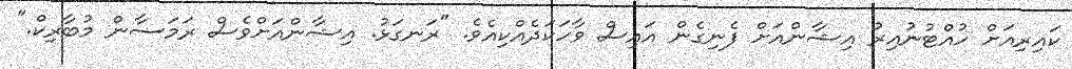
ކައިރިއަށް ހުއްޓުނުއިރު އިޝާންއަށް ފެނިގެން އައިސް ވާހަކަދެއްކިއެވެ. "ރަނގަޅު. އިޝާންއަށްވެސް ރަމަޟާން މުބާރިކް."